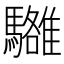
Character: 𩦼